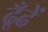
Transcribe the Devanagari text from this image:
ढूँढें